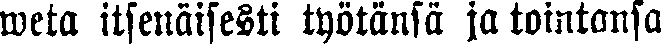
weta itsenäisesti työtänsä ja tointansa